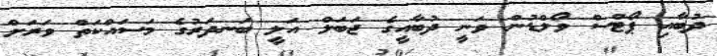
ދުބާއި ޕޯޓްސް ވޯލްޑުން ވަނީ ދުބާއީގެ ޖަބަލް އަލީ ބަނދަރުގެ މަސައްކަތް ވަރަށް